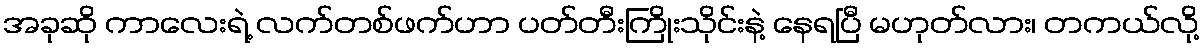
အခုဆို ကာလေးရဲ့ လက်တစ်ဖက်ဟာ ပတ်တီးကြိုးသိုင်းနဲ့ နေရပြီ မဟုတ်လား၊ တကယ်လို့